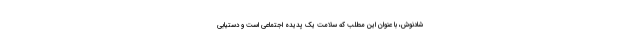
شادنوش، با عنوان این مطلب که سلامت یک پدیده اجتماعی است و دستیابی